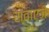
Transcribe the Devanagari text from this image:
स्वाएज़े